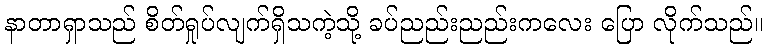
နာတာရှာသည် စိတ်ရှုပ်လျက်ရှိသကဲ့သို့ ခပ်ညည်းညည်းကလေး ပြော လိုက်သည်။